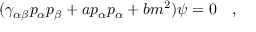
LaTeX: ( \gamma _ { \alpha \beta } p _ { \alpha } p _ { \beta } + a p _ { \alpha } p _ { \alpha } + b m ^ { 2 } ) \psi = 0 \quad ,